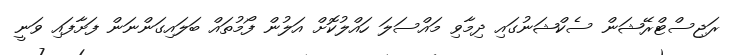
ރަޖިސްޓްރޭޝަން ސެކްޝަނުގައި ދިމާވި މައްސަލަ ހައްލުކޮށް އަލުން ފޯމުތައް ބަލައިގަންނަން ފަށާފައި ވަނީ